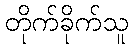
တိုက်ခိုက်သူ